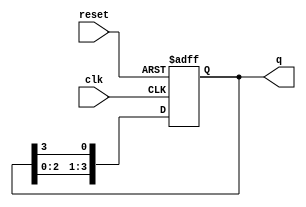
module ring_counter (
    input wire clk,       // Clock signal
    input wire reset,     // Asynchronous reset signal
    output reg [3:0] q    // 4-bit output of the ring counter
);

    // Initialize the counter to the starting state
    initial begin
        q = 4'b1000;  // Initial state
    end

    // Sequential logic for the ring counter
    always @(posedge clk or posedge reset) begin
        if (reset) begin
            q <= 4'b1000;  // Reset to initial state
        end else begin
            // Shift the '1' to the right in a circular manner
            q <= {q[2:0], q[3]};
        end
    end

endmodule